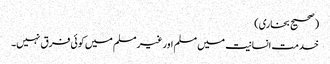
(صحیح بخاری)
خدمت انسانیت میں مسلم اور غیر مسلم میں کوئی فرق نہیں۔